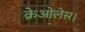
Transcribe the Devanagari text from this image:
क्रेओलेस।